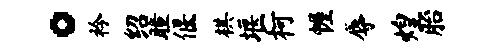
。衿绍瞳偃棋堰柯幄辱煌胎